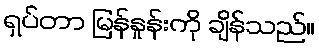
ရှပ်တာ မြန်နှုန်းကို ချိန်သည်။